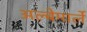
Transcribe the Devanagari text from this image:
अल्बेमार्ले